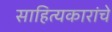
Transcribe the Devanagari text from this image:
साहित्यकारांचे